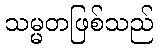
သမ္မတဖြစ်သည်